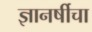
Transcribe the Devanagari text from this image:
ज्ञानर्षीचा